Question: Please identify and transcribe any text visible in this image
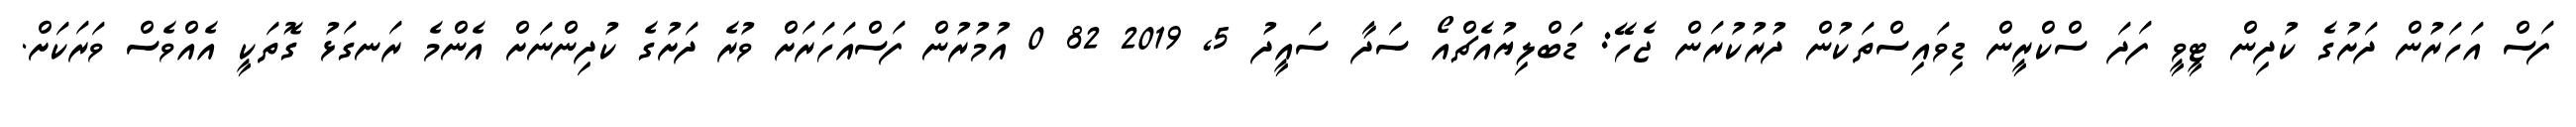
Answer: ފަސް އަހަރުން ދަށުގެ ކުދިން ޓީވީ ފަދަ ސްކްރީން ޑިވައިސްތަކުން ދުރުކުރަން ޖެހޭ: ޑަބްލިޔުއެޗްއޯ ސަދާ ސައީދު 5, 2019 82 0 އުމުރުން ފަސްއަހަރަށް ވުރެ ދަށުގެ ކުދިންނަށް އެންމެ ރަނގަޅު ގޮތަކީ އެއްވެސް ވަރަކަށް.